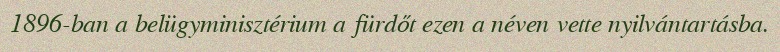
1896-ban a belügyminisztérium a fürdőt ezen a néven vette nyilvántartásba.